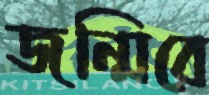
জন্মিবে